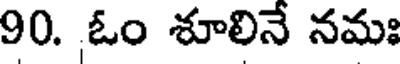
90. ఓం శూలినే నమః